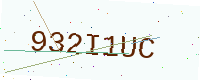
Text: 932I1UC